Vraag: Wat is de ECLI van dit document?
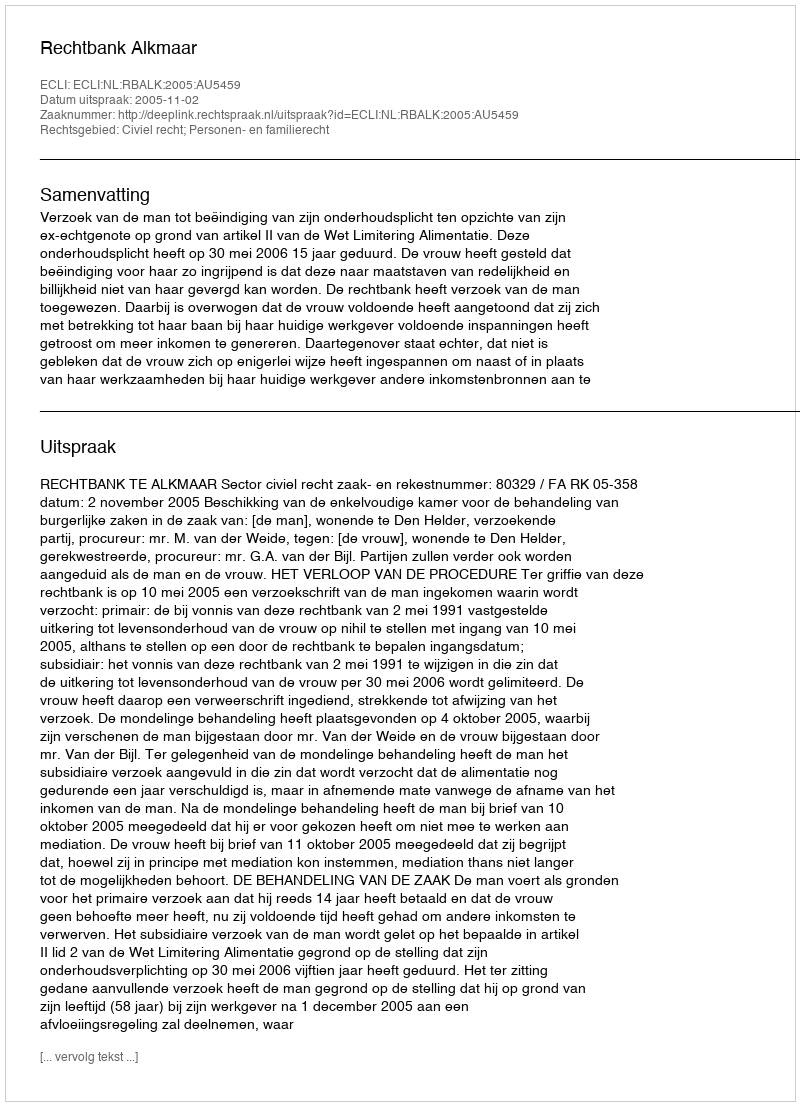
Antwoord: ECLI:NL:RBALK:2005:AU5459